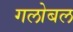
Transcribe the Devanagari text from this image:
गलोबल